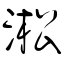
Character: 淞